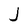
Character: j